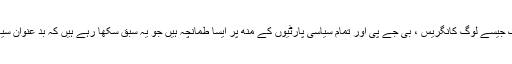
اگر انعام دینا ہو تو ایسے لوگوں کو، ایسے نوجوانوں کو دینا چاہیے،آرم اسٹرانگ جیسے لوگ کانگریس ، بی جے پی اور تمام سیاسی پارٹیوں کے منھ پر ایسا طمانچہ ہیں جو یہ سبق سکھا رہے ہیں کہ بد عنوان سیاسی پارٹیوں کے بد عنوان لیڈراس ملک کی ترقی کے لیے کچھ نہیں کریں گے۔